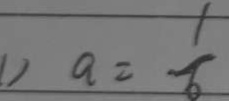
1 ) a = \frac { 1 } { 6 }